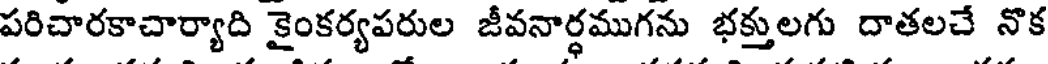
పరిచారకాచార్యాది కైంకర్యపరుల జీవనార్ధముగను భక్తులగు దాతలచే నొక